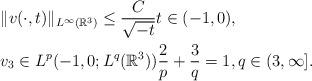
LaTeX: \begin{align*}&\|v(\cdot,t)\|_{L^\infty(\mathbb{R}^3)} \leq \frac{C}{\sqrt{-t}} t \in (-1,0),\\&v_3 \in L^p(-1,0;L^q(\mathbb{R}^3)) \frac{2}{p} + \frac{3}{q} = 1, q \in (3,\infty].\end{align*}